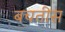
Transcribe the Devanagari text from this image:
बचतीस